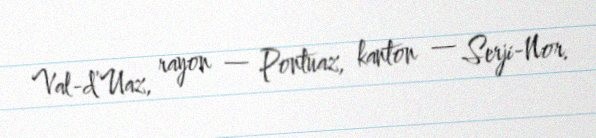
Val-d’Uaz, rayon — Pontuaz, kanton — Serji-Nor.